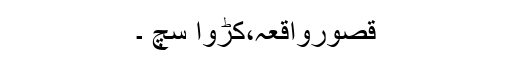
قصورواقعہ،کڑوا سچ ۔